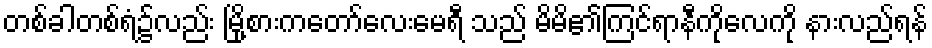
တစ်ခါတစ်ရံ၌လည်း မြို့စားကတော်လေးမေရီ သည် မိမိ၏ကြင်ရာနီကိုလေကို နားလည်ရန်